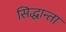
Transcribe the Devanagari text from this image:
सिद्धान्ता